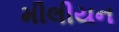
મીલીયન